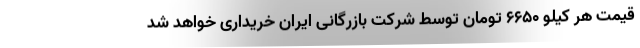
قیمت هر کیلو ۶۶۵۰ تومان توسط شرکت بازرگانی ایران خریداری خواهد شد